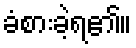
ခံစားခဲ့ရ၏။